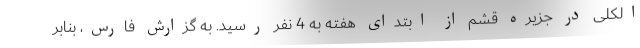
الکلی در جزیره قشم از ابتدای هفته به 4 نفر رسید. به گزارش فارس، بنابر